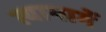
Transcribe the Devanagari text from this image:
त्यामार्गे